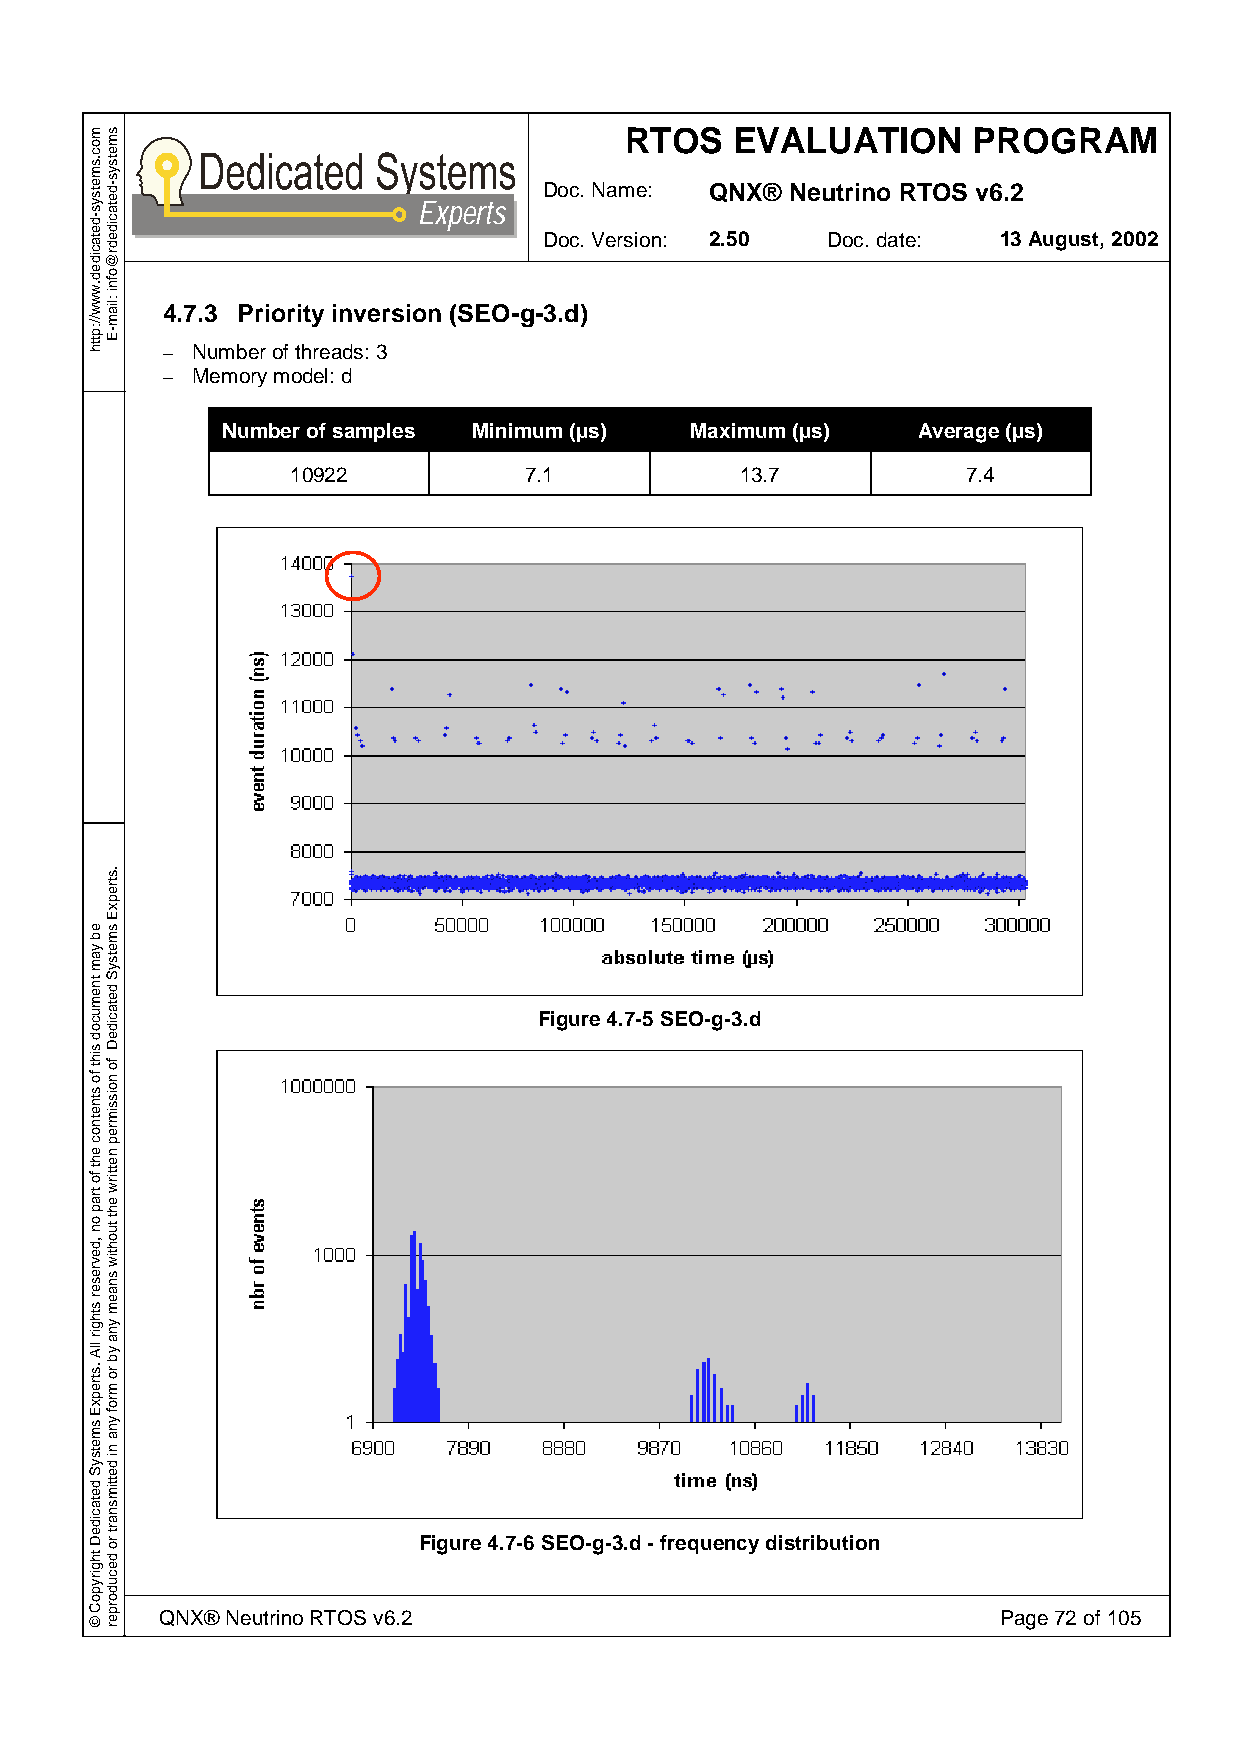
RTOS    EVALUATION     PROGRAM
 Doc. Name: QNX® Neutrino RTOS v6.2
 Experts
 Doc. Version: 2.50 Doc. date: 13 August, 2002
 4.7.3 Priority inversion (SEO-g-3.d)
 – Number of threads: 3
 – Memory model: d
 Number of samples Minimum (µs) Maximum (µs)   Average (µs)
 10922           7.1           13.7           7.4
 Figure 4.7-5 SEO-g-3.d
 Figure 4.7-6 SEO-g-3.d - frequency distribution
 QNX® Neutrino RTOS v6.2                                Page 72 of 105
 moc.smetsys-detacided.www//:ptth
 eb
 yam
 tnemucod
 siht
 fo
 stnetnoc
 eht
 fo
 trap
 on
 ,devreser
 sthgir
 llA
 .strepxE
 smetsyS
 detacideD
 thgirypoC
 ©
 smetsys-detacidedr@ofni
 :liam-E
 .strepxE
 smetsyS
 detacideD
 fo
 noissimrep
 nettirw
 eht
 tuohtiw
 snaem
 yna
 yb
 ro
 mrof
 yna
 ni
 dettimsnart
 ro
 decudorper